Vital statistics of India. Vol. IV, Annual returns from 1871 to 1876. British Army of India, Native Army and jails of Bengal
Year: 1871
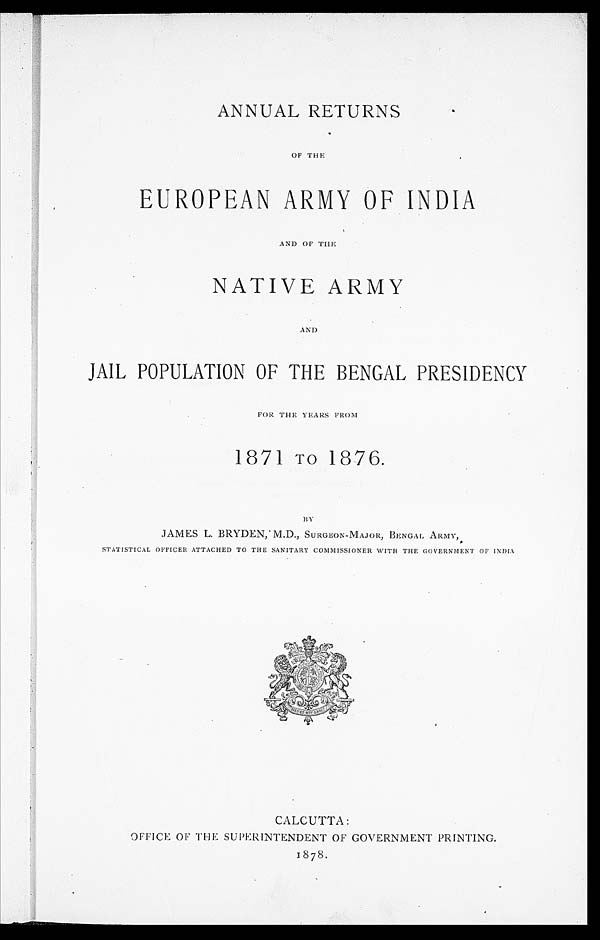
ANNUAL RETURNS
OF THE
EUROPEAN ARMY OF INDIA
AND OF THE
NATIVE ARMY
AND
JAIL POPULATION OF THE BENGAL PRESIDENCY
FOR THE YEARS FROM
1871 To 1876.
BY.
JAMES L. BRYDEN, M.D., SURGEON-MAJOR, BENGAL ARMY,
STATISTICAL OFFICER ATTACHED TO THE SANITARY COMMISSIONER WITH THE GOVERNMENT OF INDIA
CALCUTTA:
OFFICE OF THE SUPERINTENDENT OF GOVERNMENT PRINTING.
1878.